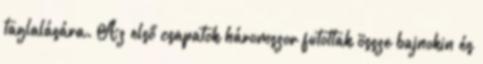
taglalására. Az első csapatok háromszor futottak össze bajnokin és